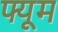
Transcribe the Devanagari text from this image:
फ्यूम